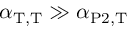
\alpha _ { \mathrm { T } , \mathrm { T } } \gg \alpha _ { \mathrm { P 2 } , \mathrm { T } }